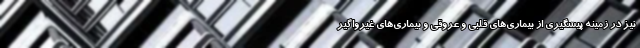
نیز در زمینه پیشگیری از بیماری‌های قلبی و عروقی و بیماری‌های غیرواگیر